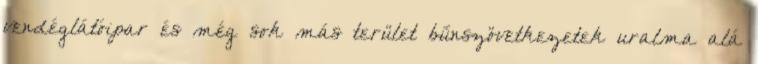
vendéglátóipar és még sok más terület bűnszövetkezetek uralma alá